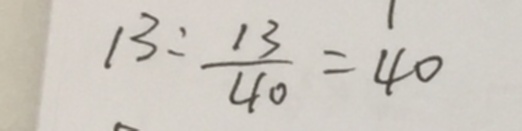
1 3 : \frac { 1 3 } { 4 0 } = 4 0